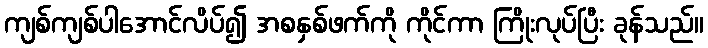
ကျစ်ကျစ်ပါအောင်လိပ်၍ အစနှစ်ဖက်ကို ကိုင်ကာ ကြိုးလုပ်ပြီး ခုန်သည်။